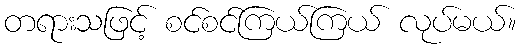
တရားသဖြင့် စင်စင်ကြယ်ကြယ် လုပ်မယ်။